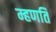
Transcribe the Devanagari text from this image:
म्हणति